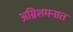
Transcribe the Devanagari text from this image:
अग्निशमनात